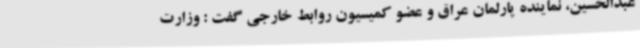
عبدالحسین، نماینده پارلمان عراق و عضو کمیسیون روابط خارجی گفت : وزارت